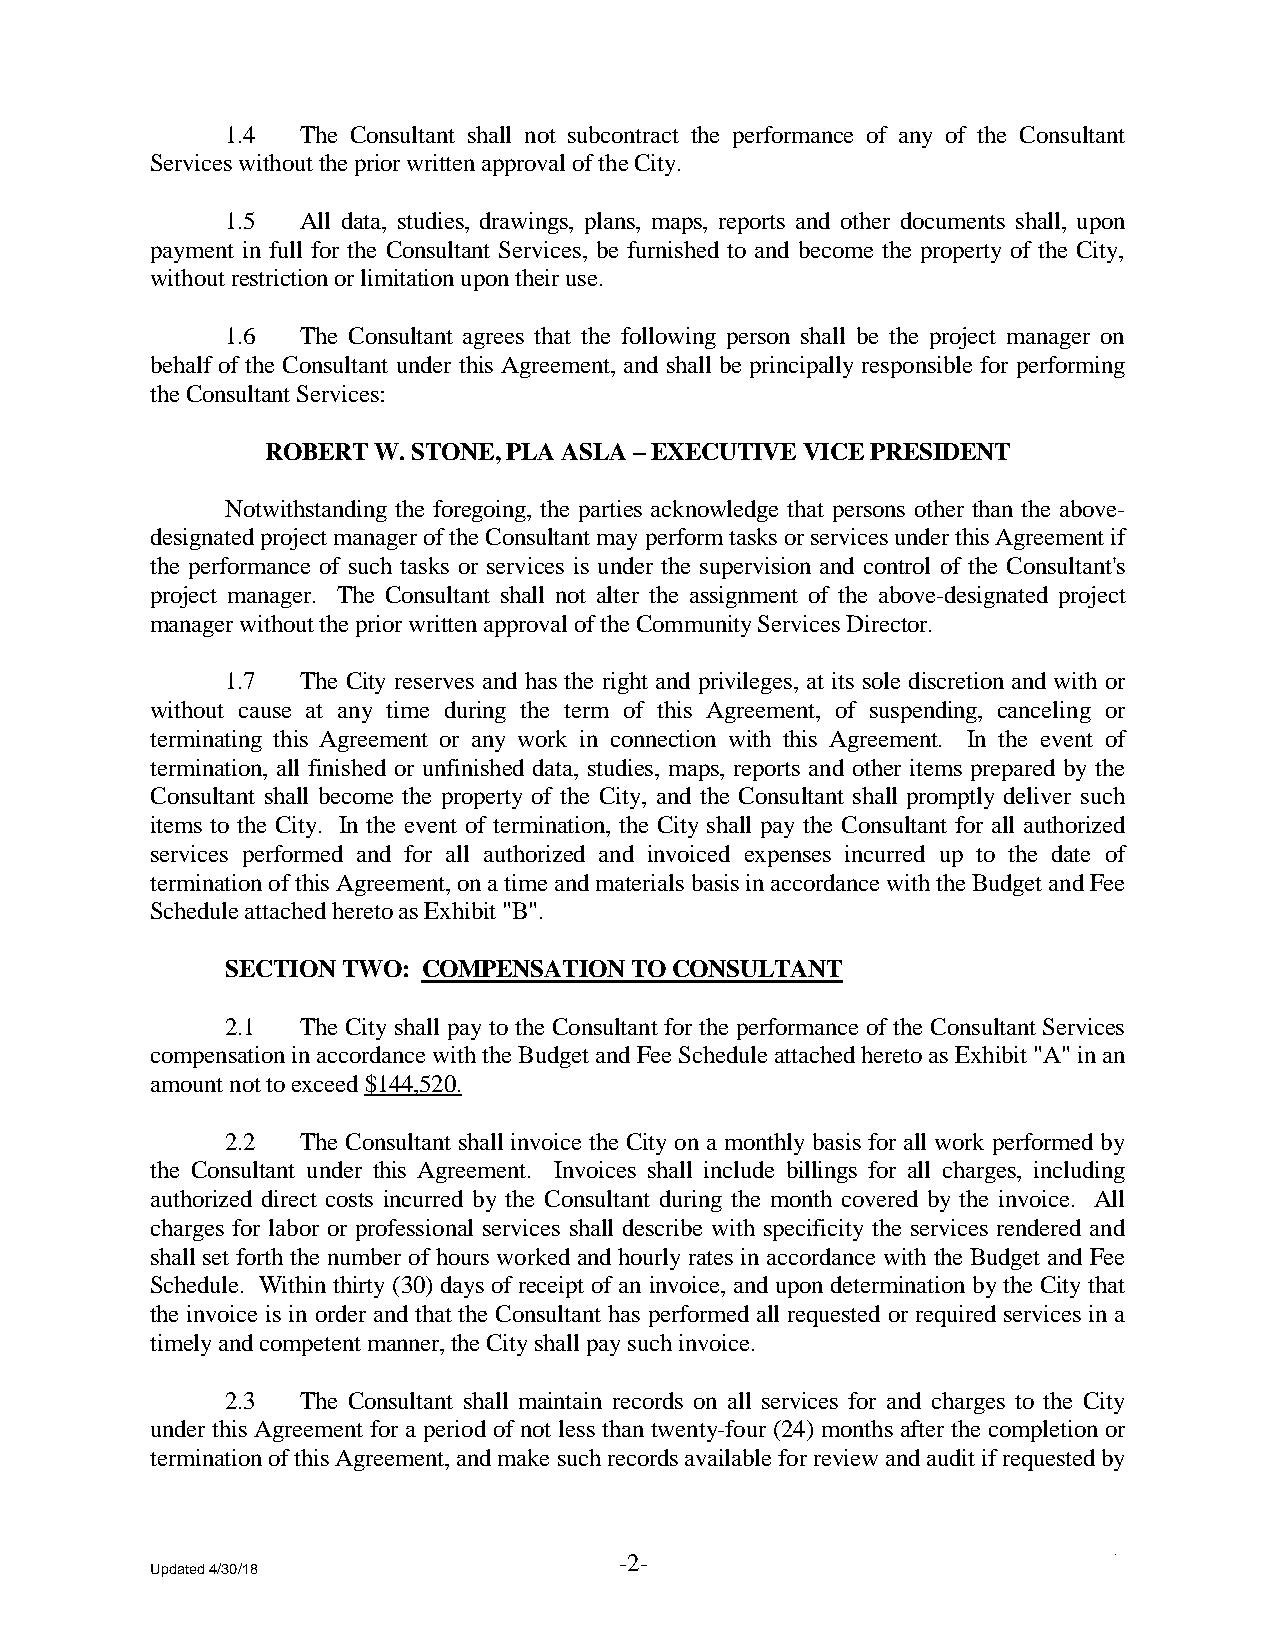
1.4  The Consultant shall not subcontract the performance of any of the Consultant
 Services without the prior written approval of the City.
 1.5  All data, studies, drawings, plans, maps, reports and other documents shall, upon
 payment in full for the Consultant Services, be furnished to and become the property of the City,
 without restriction or limitation upon their use.
 1.6  The Consultant agrees that the following person shall be the project manager on
 behalf of the Consultant under this Agreement, and shall be principally responsible for performing
 the Consultant Services:
 ROBERT W. STONE, PLA ASLA – EXECUTIVE VICE PRESIDENT
 Notwithstanding the foregoing, the parties acknowledge that persons other than the above-
 designated project manager of the Consultant may perform tasks or services under this Agreement if
 the performance of such tasks or services is under the supervision and control of the Consultant's
 project manager. The Consultant shall not alter the assignment of the above-designated project
 manager without the prior written approval of the Community Services Director.
 1.7  The City reserves and has the right and privileges, at its sole discretion and with or
 without cause at any time during the term of this Agreement, of suspending, canceling or
 terminating this Agreement or any work in connection with this Agreement. In the event of
 termination, all finished or unfinished data, studies, maps, reports and other items prepared by the
 Consultant shall become the property of the City, and the Consultant shall promptly deliver such
 items to the City. In the event of termination, the City shall pay the Consultant for all authorized
 services performed and for all authorized and invoiced expenses incurred up to the date of
 termination of this Agreement, on a time and materials basis in accordance with the Budget and Fee
 Schedule attached hereto as Exhibit "B".
 SECTION TWO: COMPENSATION  TO CONSULTANT
 2.1  The City shall pay to the Consultant for the performance of the Consultant Services
 compensation in accordance with the Budget and Fee Schedule attached hereto as Exhibit "A" in an
 amount not to exceed $144,520.
 2.2  The Consultant shall invoice the City on a monthly basis for all work performed by
 the Consultant under this Agreement. Invoices shall include billings for all charges, including
 authorized direct costs incurred by the Consultant during the month covered by the invoice. All
 charges for labor or professional services shall describe with specificity the services rendered and
 shall set forth the number of hours worked and hourly rates in accordance with the Budget and Fee
 Schedule. Within thirty (30) days of receipt of an invoice, and upon determination by the City that
 the invoice is in order and that the Consultant has performed all requested or required services in a
 timely and competent manner, the City shall pay such invoice.
 2.3  The Consultant shall maintain records on all services for and charges to the City
 under this Agreement for a period of not less than twenty-four (24) months after the completion or
 termination of this Agreement, and make such records available for review and audit if requested by
 -2-                              .
 Updated 4/30/18